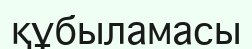
құбыламасы